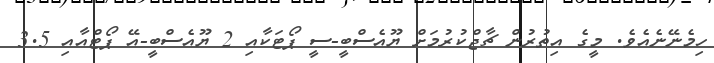
ހިމެނޭނެއެވެ. މީގެ އިތުރުން ޗާޖްކުރުމަށް ޔޫއެސްބީ-ސީ ޕޯޓަކާއި 2 ޔޫއެސްބީ-އޭ ޕޯޓްއާއި 3.5